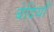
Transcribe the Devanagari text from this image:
बेदियाँ